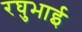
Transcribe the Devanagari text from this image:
रघुभाई